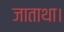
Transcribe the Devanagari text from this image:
जाताथा।